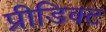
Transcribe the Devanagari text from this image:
प्रीडिक्ट